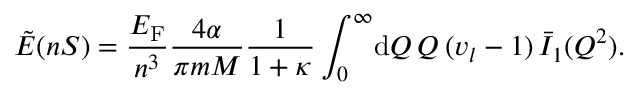
\tilde { E } ( n S ) = \frac { E _ { \mathrm { F } } } { n ^ { 3 } } \frac { 4 \alpha } { \pi m M } \frac { 1 } { 1 + \kappa } \int _ { 0 } ^ { \infty } \! \mathrm { d } Q \, Q \, ( v _ { l } - 1 ) \, \bar { I } _ { 1 } ( Q ^ { 2 } ) .